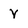
Character: Y